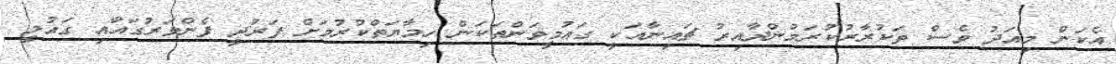
އެކަން މިއަދު ވެސް ތަކުރާރުކުރަމުންދާއިރު ޗައިނާއަކީ ގައުމީވަންތަކަން ހިމާޔަތްކުރުމަށް ފަރުދީ ފެންވަރުގައާއި ގައުމީ